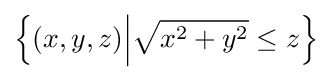
\left\{(x,y,z){\Big |}{\sqrt {x^{2}+y^{2}}}\leq z\right\}